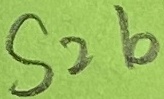
Text: S2b